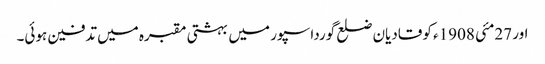
اور 27مئی 1908ء کو قادیان ضلع گورداسپور میں بہشتی مقبرہ میں تدفین ہوئی۔